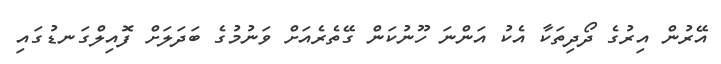
އޭރުން އިރުގެ ދޯދިތަކާ އެކު އަންނަ ހޫނުކަން ގޭތެރެއަށް ވަނުމުގެ ބަދަލަށް ފޮއިލްގަނޑުގައި